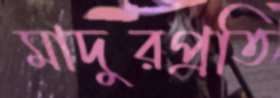
মাদুরপ্রতি